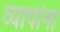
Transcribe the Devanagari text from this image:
व्यापांना